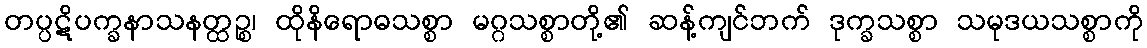
တပ္ပဋိပက္ခနာသနတ္ထဉ္စ၊ ထိုနိရောဓသစ္စာ မဂ္ဂသစ္စာတို့၏ ဆန့်ကျင်ဘက် ဒုက္ခသစ္စာ သမုဒယသစ္စာကို